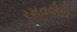
રમતવીરો